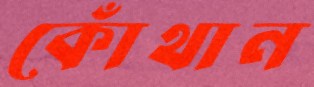
কোঁথান